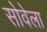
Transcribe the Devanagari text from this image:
सोवेला